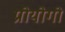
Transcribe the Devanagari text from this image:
प्रोयोगो